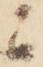
ニ